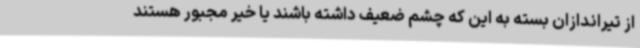
از تیراندازان بسته به این که چشم ضعیف داشته باشند یا خیر مجبور هستند